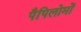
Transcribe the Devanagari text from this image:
पैपिलोमों